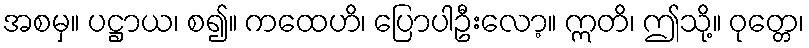
အစမှ။ ပဋ္ဌာယ၊ စ၍။ ကထေဟိ၊ ပြောပါဦးလော့။ ဣတိ၊ ဤသို့။ ဝုတ္တေ၊